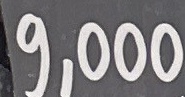
9.000